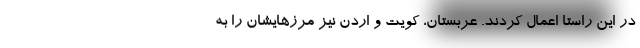
در این راستا اعمال کردند. عربستان، کویت و اردن نیز مرزهایشان را به